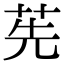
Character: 𦭶